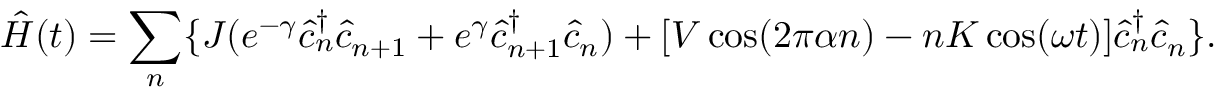
\hat { H } ( t ) = \sum _ { n } \{ J ( e ^ { - \gamma } \hat { c } _ { n } ^ { \dagger } \hat { c } _ { n + 1 } + e ^ { \gamma } \hat { c } _ { n + 1 } ^ { \dagger } \hat { c } _ { n } ) + [ V \cos ( 2 \pi \alpha n ) - n K \cos ( \omega t ) ] \hat { c } _ { n } ^ { \dagger } \hat { c } _ { n } \} .